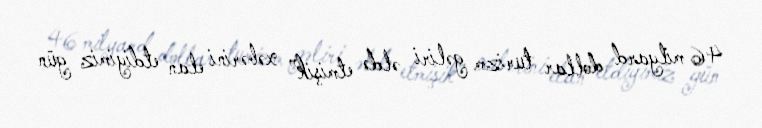
46 milyard dollar turizm gəliri əldə etmişik” xəbərini elan etdiyimiz gün